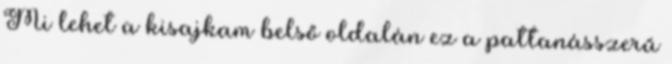
Mi lehet a kisajkam belső oldalán ez a pattanásszerű